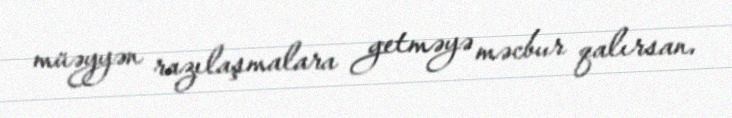
müəyyən razılaşmalara getməyə məcbur qalırsan.